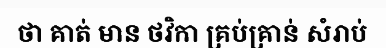
ថា គាត់ មាន ថវិកា គ្រប់គ្រាន់ សំរាប់